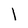
Character: l